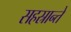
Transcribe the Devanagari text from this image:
सहस्रान्ते